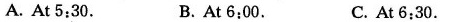
A. At 5:30. B.At 6:00. c. At 6:30.